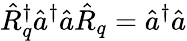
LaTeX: \hat{R}_{q}^{\dagger}\hat{a}^{\dagger}\hat{a}\hat{R}_{q}=\hat{a}^{\dagger}\hat{a}